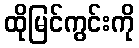
ထိုမြင်ကွင်းကို